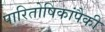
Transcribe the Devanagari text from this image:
पारितोषिकांपैकी